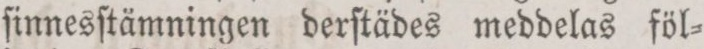
ſinnesſtämningen derſtädes meddelas föl=